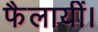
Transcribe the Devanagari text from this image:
फैलायीं।